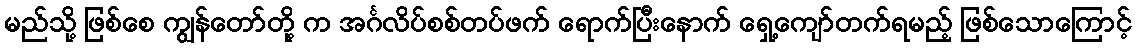
မည်သို့ ဖြစ်စေ ကျွန်တော်တို့ က အင်္ဂလိပ်စစ်တပ်ဖက် ရောက်ပြီးနောက် ရှေ့ကျော်တက်ရမည့် ဖြစ်သောကြောင့်